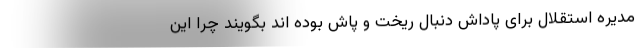
مدیره استقلال برای پاداش دنبال ریخت و پاش بوده اند بگویند چرا این